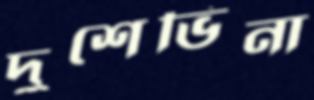
দুশেভিনা